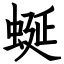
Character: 蜒